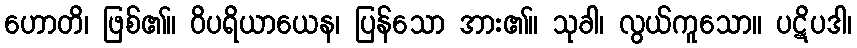
ဟောတိ၊ ဖြစ်၏။ ဝိပရိယာယေန၊ ပြန်သော အား၏။ သုခါ၊ လွယ်ကူသော။ ပဋိပဒါ၊